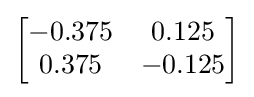
{\begin{bmatrix}-0.375&0.125\\0.375&-0.125\\\end{bmatrix}}